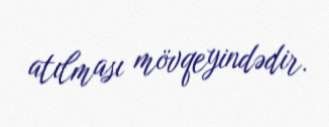
atılması mövqeyindədir.